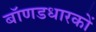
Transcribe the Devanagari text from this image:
बॉणडधारकों